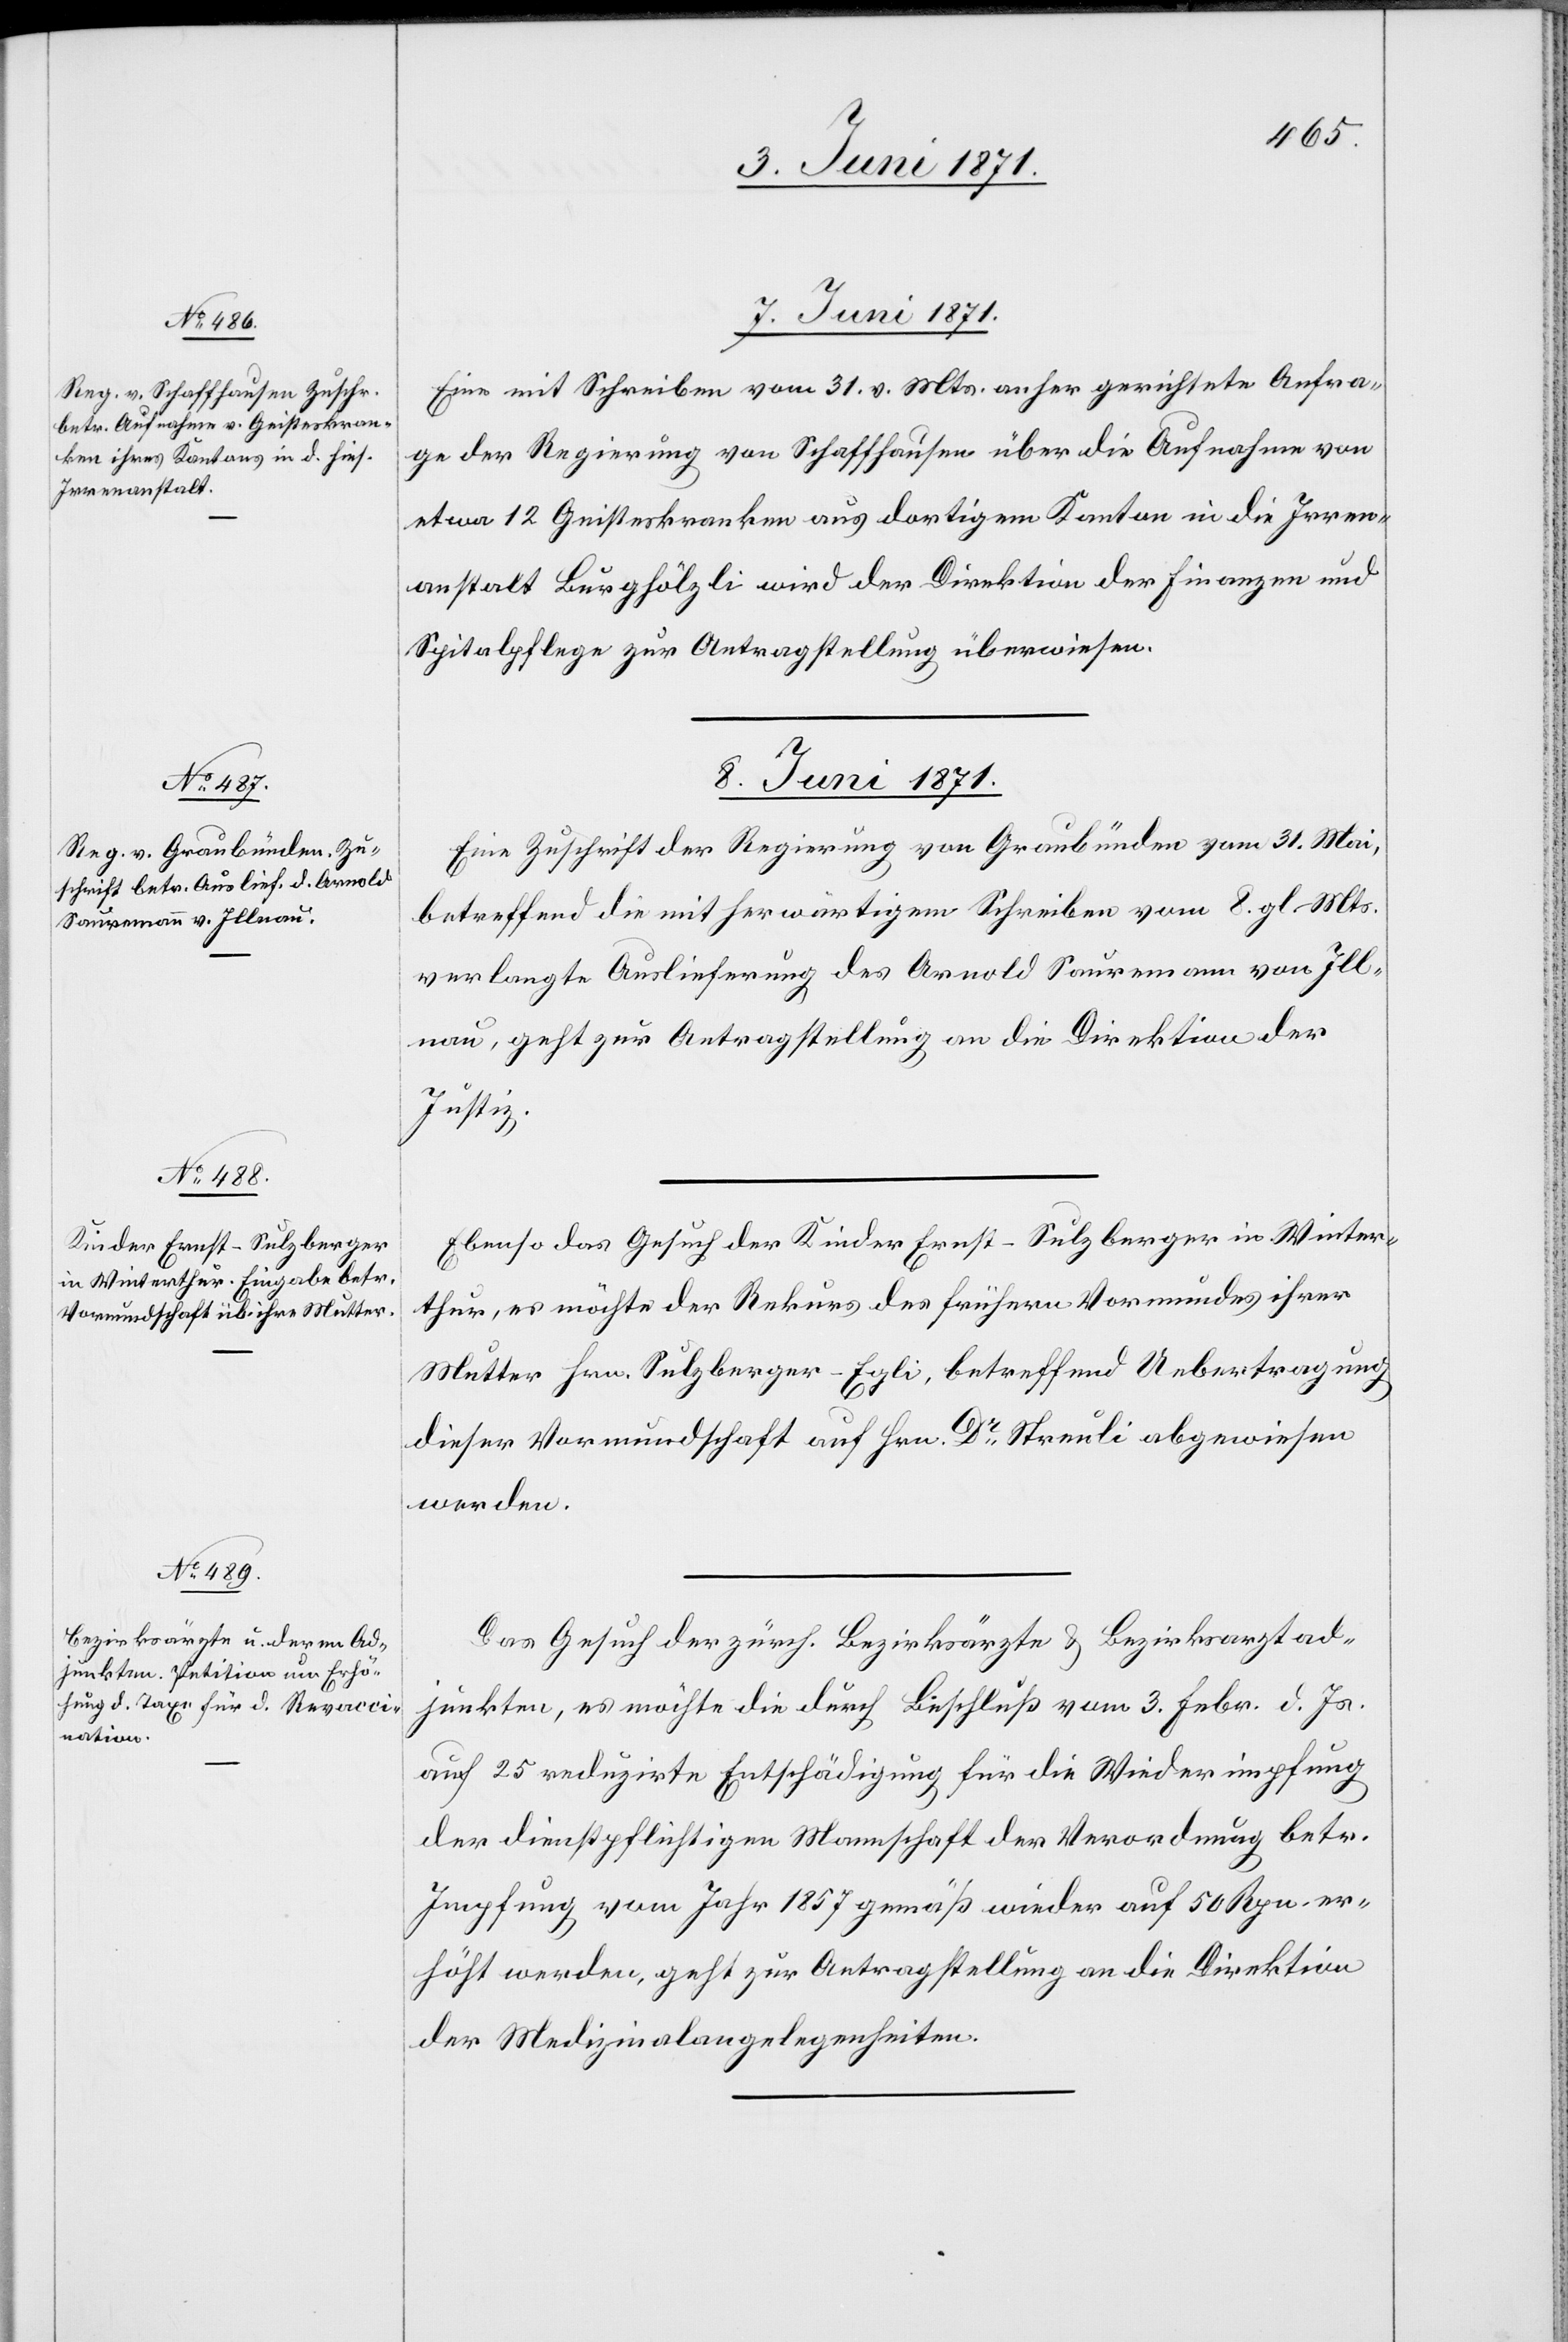
7. Juni 1871.
Eine mit Schreiben vom 31. v. Mts. anher gerichtete Anfra¬
ge der Regierung von Schaffhausen über die Aufnahme von
etwa 12 Geisteskranken aus dortigem Kanton in die Irren¬
anstalt Burghölzli wird der Direktion der Finanzen und
Spitalpflege zur Antragstellung überwiesen.
8. Juni 1871.]
Eine Zuschrift der Regierung von Graubünden vom 31. Mai,
betreffend die mit herwärtigem Schreiben vom 8. gl. Mts.
verlangte Auslieferung des Arnold Sauremann von Ill¬
nau, geht zur Antragstellung an die Direktion der
Justiz.
Ebenso das Gesuch der Kinder Ernst-Sulzberger in Winter¬
thur, es möchte der Rekurs des frühern Vormundes ihrer
Mutter Hrn. Sulzberger-Egli, betreffend Uebertragung
dieser Vormundschaft auf Hrn. Dr. Streuli abgewiesen
werden.
Das Gesuch der zürch. Bezirksärzte u. Bezirksarztad¬
junkten, es möchte die durch Beschluß vom 3. Febr. d. Js.
auf 25 reduzirte Entschädigung für die Wiederimpfung
der dienstpflichtigen Mannschaft der Verordnung betr.
Impfung vom Jahr 1857 gemäß wieder auf 50 Rpn. er¬
höht werden, geht zur Antragstellung an die Direktion
der Medizinalangelegenheiten.